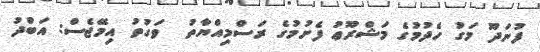
ފުނަދޫ މަގު ހެދުމުގެ މަޝްރޫޢު ފެށުމުގެ ރަސްމިއްޔާތު  ވަގުތު އިމޭޖެސް: އަބްދު